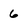
Character: 6